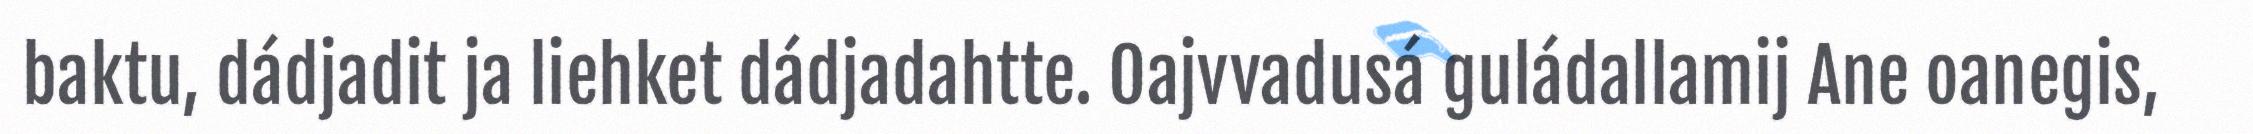
baktu, dádjadit ja liehket dádjadahtte. Oajvvadusá guládallamij Ane oanegis,